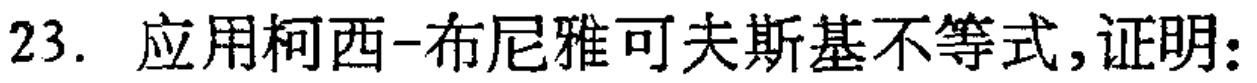
23. 应用柯西-布尼雅可夫斯基不等式,证明: